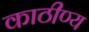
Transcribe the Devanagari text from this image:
काठीण्य